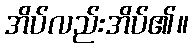
အိပ်လည်းအိပ်၏။